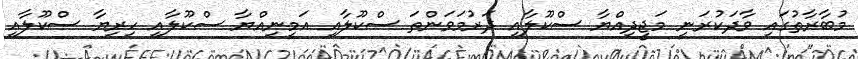
މުބާރާތުގައި ވާދަކުރަނީ މަޖީދިއްޔާ ސްކޫލާއި ދަރުމަވަންތަ ސްކޫލާއި އަމީނިއްޔާ ސްކޫލާއި ހިރިޔާ ސްކޫލާއި